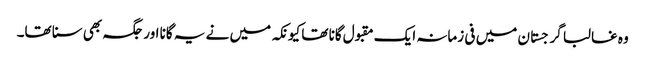
وہ غالبا گرجستان میں فی زمانہ ایک مقبول گانا تھا کیونکہ میں نے یہ گانا اور جگہ بھی سنا تھا۔